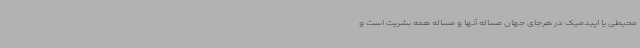
محیطی یا اپیدمیک در هرجای جهان مساله آنها و مساله همه بشریت است و